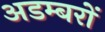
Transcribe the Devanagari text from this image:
अडम्बरों